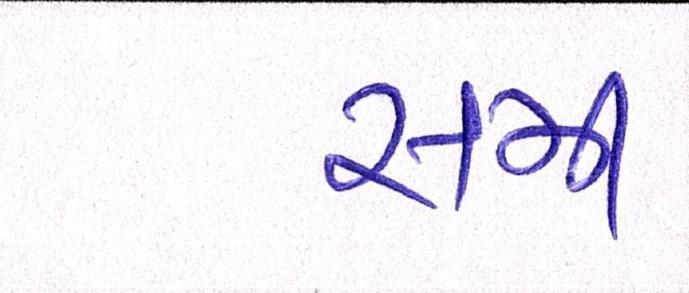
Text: સમી